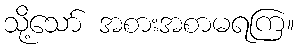
သို့သော် အစားအစာမရကြ။